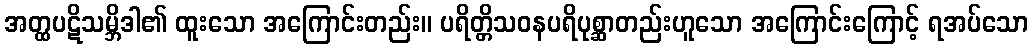
အတ္ထပဋိသမ္ဘိဒါ၏ ထူးသော အကြောင်းတည်း။ ပရိတ္တိသဝနပရိပုစ္ဆာတည်းဟူသော အကြောင်းကြောင့် ရအပ်သော